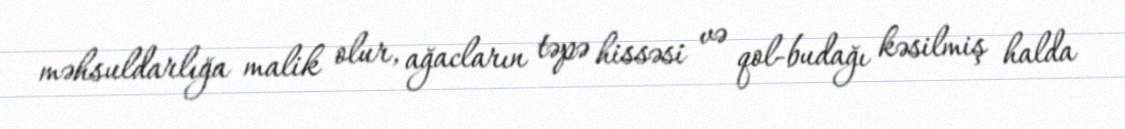
məhsuldarlığa malik olur, ağacların təpə hissəsi və qol-budağı kəsilmiş halda